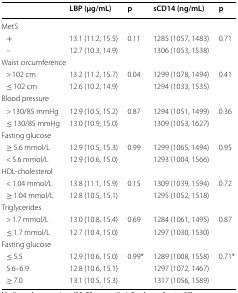
<table><thead><tr><td></td><td><b>LBP (μg/mL)</b></td><td><b>p</b></td><td><b>sCD14 (ng/mL)</b></td><td><b>p</b></td></tr></thead><tbody><tr><td colspan="5">MetS</td></tr><tr><td> +</td><td>13.1 (11.2, 15.5)</td><td rowspan="2">0.11</td><td>1285 (1057, 1483)</td><td rowspan="2">0.71</td></tr><tr><td> –</td><td>12.7 (10.3, 14.9)</td><td>1306 (1053, 1538)</td></tr><tr><td colspan="5">Waist circumference</td></tr><tr><td> &gt; 102 cm</td><td>13.2 (11.2, 15.7)</td><td rowspan="2">0.04</td><td>1299 (1078, 1494)</td><td rowspan="2">0.41</td></tr><tr><td> ≤ 102 cm</td><td>12.6 (10.2, 14.9)</td><td>1294 (1033, 1535)</td></tr><tr><td colspan="5">Blood pressure</td></tr><tr><td> &gt; 130/85 mmHg</td><td>12.9 (10.5, 15.2)</td><td rowspan="2">0.87</td><td>1294 (1051, 1499)</td><td rowspan="2">0.36</td></tr><tr><td> ≤ 130/85 mmHg</td><td>13.0 (10.9, 15.0)</td><td>1309 (1053, 1627)</td></tr><tr><td colspan="5">Fasting glucose</td></tr><tr><td> ≥ 5.6 mmol/L</td><td>12.9 (10.5, 15.3)</td><td rowspan="2">0.99</td><td>1299 (1065, 1494)</td><td rowspan="2">0.95</td></tr><tr><td> &lt; 5.6 mmol/L</td><td>12.9 (10.6, 15.0)</td><td>1293 (1004, 1566)</td></tr><tr><td colspan="5">HDL-cholesterol</td></tr><tr><td> &lt; 1.04 mmol/L</td><td>13.8 (11.1, 15.9)</td><td rowspan="2">0.15</td><td>1309 (1039, 1594)</td><td rowspan="2">0.72</td></tr><tr><td> ≥ 1.04 mmol/L</td><td>12.8 (10.5, 15.1)</td><td>1295 (1052, 1518)</td></tr><tr><td colspan="5">Triglycerides</td></tr><tr><td> &gt; 1.7 mmol/L</td><td>13.0 (10.8, 15.4)</td><td rowspan="2">0.69</td><td>1284 (1061, 1495)</td><td rowspan="2">0.87</td></tr><tr><td> ≤ 1.7 mmol/L</td><td>12.7 (10.4, 15.0)</td><td>1297 (1030, 1530)</td></tr><tr><td colspan="5">Fasting glucose</td></tr><tr><td> ≤ 5.5</td><td>12.9 (10.6, 15.0)</td><td rowspan="3">0.99*</td><td>1289 (1008, 1558)</td><td rowspan="3">0.71*</td></tr><tr><td> 5.6–6.9</td><td>12.8 (10.6, 15.1)</td><td>1297 (1072, 1467)</td></tr><tr><td> ≥ 7.0</td><td>13.1 (10.5, 15.3)</td><td>1317 (1056, 1589)</td></tr></tbody></table>